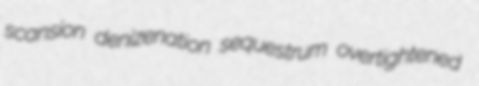
scansion denizenation sequestrum overtightened